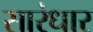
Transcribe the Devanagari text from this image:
सारंधार